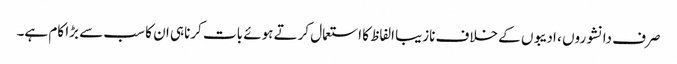
صرف دانشوروں ، ادیبوں کے خلاف نازیبا الفاظ کا استعمال کرتے ہوئے بات کرناہی ان کا سب سے بڑا کام ہے۔